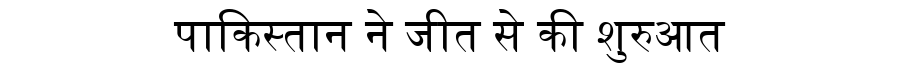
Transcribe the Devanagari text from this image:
पाकिस्तान ने जीत से की शुरुआत